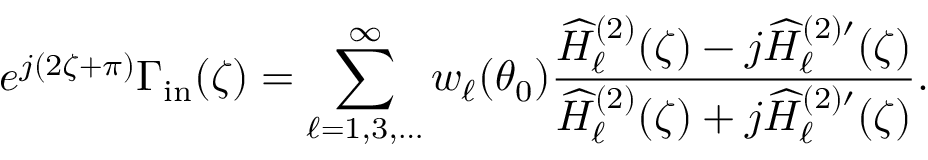
e ^ { j ( 2 \zeta + \pi ) } \Gamma _ { \mathrm { i n } } ( \zeta ) = \sum _ { \ell = 1 , 3 , \ldots } ^ { \infty } w _ { \ell } ( \theta _ { 0 } ) \frac { \widehat { H } _ { \ell } ^ { ( 2 ) } ( \zeta ) - j \widehat { H } _ { \ell } ^ { ( 2 ) \prime } ( \zeta ) } { \widehat { H } _ { \ell } ^ { ( 2 ) } ( \zeta ) + j \widehat { H } _ { \ell } ^ { ( 2 ) \prime } ( \zeta ) } .